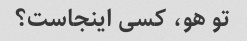
تو هو، کسی اینجاست؟